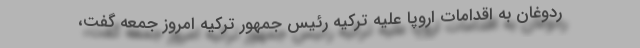
ردوغان به اقدامات اروپا علیه ترکیه رئیس جمهور ترکیه امروز جمعه گفت،